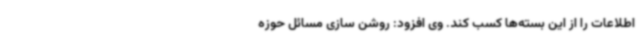
اطلاعات را از این بسته‌ها کسب کند. وی افزود: روشن سازی مسائل حوزه